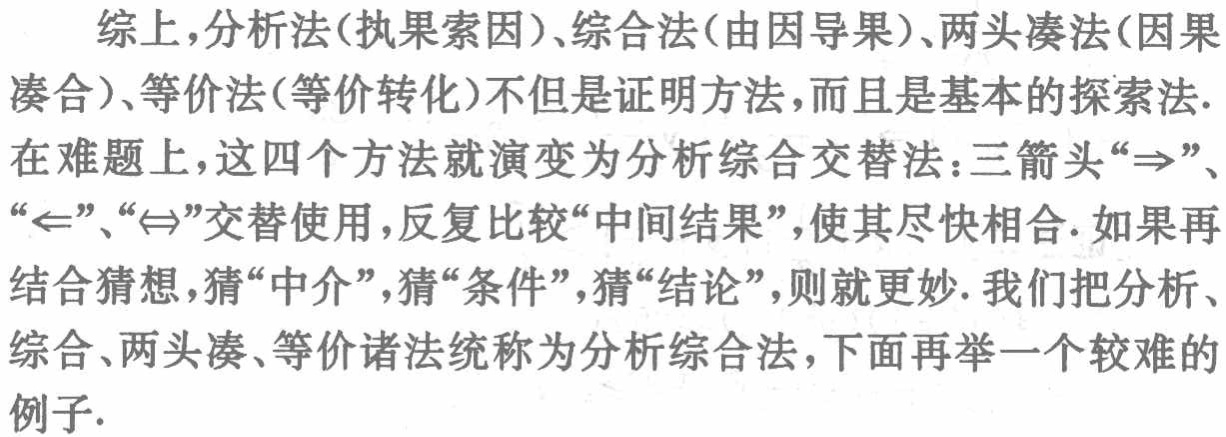
综上,分析法(执果索因)、综合法(由因导果)、两头凑法(因果凑合)、等价法(等价转化)不但是证明方法,而且是基本的探索法.在难题上,这四个方法就演变为分析综合交替法：三箭头“$\Rightarrow$”、“$\Leftarrow$”、“$\Leftrightarrow$”交替使用,反复比较“中间结果”,使其尽快相合.如果再结合猜想,猜“中介”,猜“条件”,猜“结论”,则就更妙. 我们把分析、综合、两头凑、等价诸法统称为分析综合法,下面再举一个较难的例子.